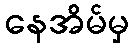
နေအိမ်မှ